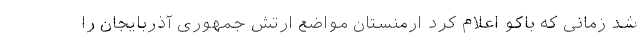
شد زمانی که باکو اعلام کرد ارمنستان مواضع ارتش جمهوری آذربایجان را